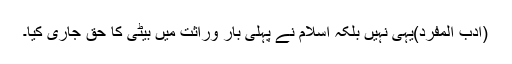
(ادب المفرد)یہی نہیں بلکہ اسلام نے پہلی بار وراثت میں بیٹی کا حق جاری کیا۔